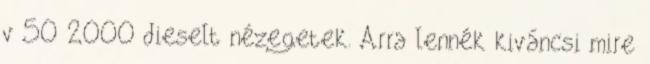
v 50 2000 dieselt nézegetek. Arra lennék kiváncsi mire